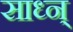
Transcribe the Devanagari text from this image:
साध्न्